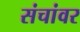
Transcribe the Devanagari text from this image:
संचांवर